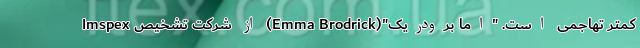
کمتر تهاجمی است. "اما برودریک"(Emma Brodrick) از شرکت تشخیص Imspex